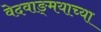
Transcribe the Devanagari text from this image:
वेदवाङ्‌मयाच्या